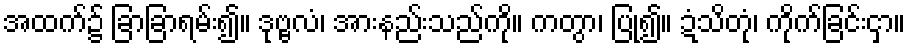
အထက်၌ ခြာခြာရမ်း၍။ ဒုဗ္ဗလံ၊ အားနည်းသည်ကို။ ကတွာ၊ ပြု၍။ ဍံသိတုံ၊ ကိုက်ခြင်းငှာ။